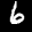
Label: 6